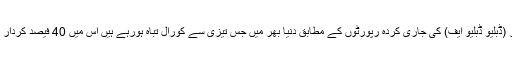
2015 میں ورلڈ وائیڈ فنڈ فار نیچر (ڈبلیو ڈبلیو ایف) کی جاری کردہ رپورٹوں کے مطابق دنیا بھر میں جس تیزی سے کورال تباہ ہورہے ہیں اس میں 40 فیصد کردار کراون آف تھورن اسٹارفِش کا ہے۔